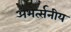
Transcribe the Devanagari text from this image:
अभर्त्सनीय